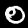
Digit: 0